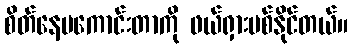
စိတ်နေမကောင်းတာကို ဖယ်ရှားပစ်နိုင်တယ်။